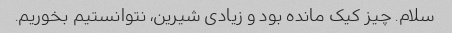
سلام. چیز کیک مانده بود و زیادی شیرین، نتوانستیم بخوریم.